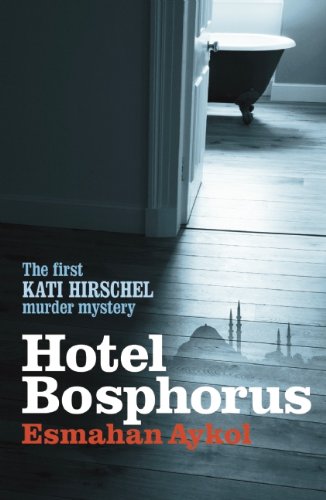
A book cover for Hotel Bosphorus (Kati Hirschel Murder Mystery); Esmahan Aykol; Travel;